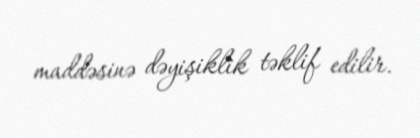
maddəsinə dəyişiklik təklif edilir.